Civil Veterinary Dept. Bombay admin report 1907-1913 - 1907-1913
Year: 1907
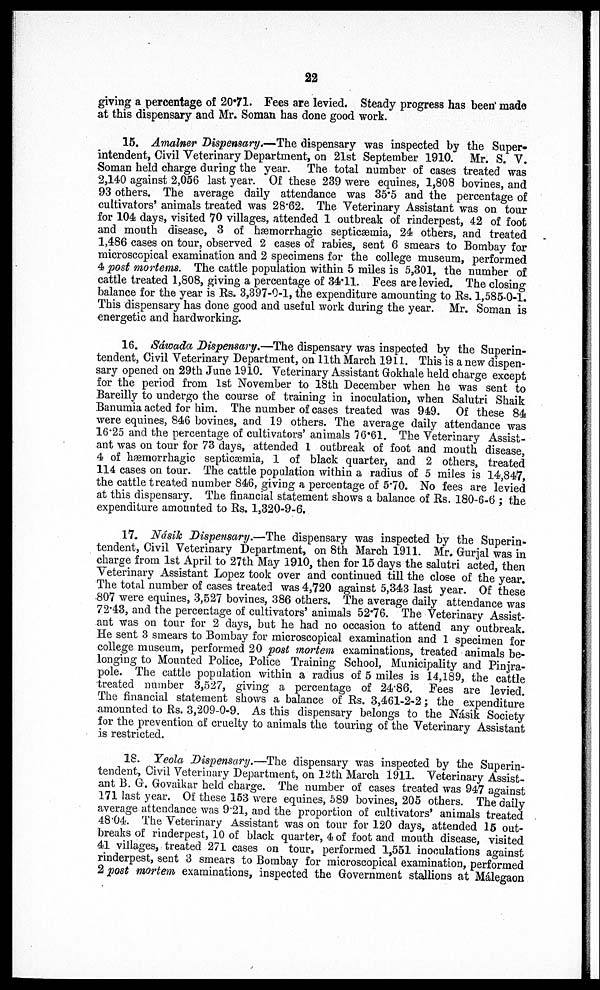
22
giving a percentage of 20.71. Fees are levied. Steady progress has been made
at this dispensary and Mr. Soman has done good work.
15. Amalner Dispensary.—The dispensary was inspected by the Super-
intendent, Civil Veterinary Department, on 21st September 1910. Mr. S. V.
Soman held charge during the year. The total number of cases treated was
2,140 against 2,056 last year. Of these 239 were equines, 1,808 bovines, and
93 others. The average daily attendance was 35.5 and the percentage of
cultivators' animals treated was 28.62. The Veterinary Assistant was on tour
for 104 days, visited 70 villages, attended 1 outbreak of rinderpest, 42 of foot
and mouth disease, 3 of hæmorrhagic septicæmia, 24 others, and treated
1,486 cases on tour, observed 2 cases of rabies, sent 6 smears to Bombay for
microscopical examination and 2 specimens for the college museum, performed
4 post mortems. The cattle population within 5 miles is 5,301, the number of
cattle treated 1,808, giving a percentage of 34.11. Fees are levied. The closing
balance for the year is Rs. 3,397-0-1, the expenditure amounting to Rs. 1,585-0-1.
This dispensary has done good and useful work during the year. Mr. Soman is
energetic and hardworking.
16. Sáwada Dispensary.—The dispensary was inspected by the Superin-
tendent, Civil Veterinary Department, on 11th March 1911. This is anew dispen-
sary opened on 29th June 1910. Veterinary Assistant Gokhale held charge except
for the period from 1st November to 18th December when he was sent to
Bareilly to undergo the course of training in inoculation, when Salutri Shaik
Banumia acted for him. The number of cases treated was 949. Of these 84
were equines, 846 bovines, and 19 others. The average daily attendance was
16.25 and the percentage of cultivators' animals 70.61. The Veterinary Assist-
ant was on tour for 73 days, attended 1 outbreak of foot and mouth disease,
4 of hæmorrhagic septicæmia, 1 of black quarter, and 2 others, treated
114 cases on tour. The cattle population within a radius of 5 miles is 14,847,
the cattle treated number 846, giving a percentage of 5.70. No fees are levied
at this dispensary. The financial statement shows a balance of Rs. 180-6-6 ; the
expenditure amounted to Rs. 1,320-9-6.
17. Násik Dispensary.—The dispensary was inspected by the Superin-
tendent, Civil Veterinary Department, on 8th March 1911. Mr. Gurjal was in
charge from 1st April to 27th May 1910, then for 15 days the salutri acted, then
Veterinary Assistant Lopez took over and continued till the close of the year.
The total number of cases treated was 4,720 against 5,343 last year. Of these
807 were equines, 3,527 bovines, 386 others. The average daily attendance was
72.43, and the percentage of cultivators' animals 52.76. The Veterinary Assist-
ant was on tour for 2 days, but he had no occasion to attend any outbreak.
He sent 3 smears to Bombay for microscopical examination and 1 specimen for
college museum, performed 20 post mortem examinations, treated animals be-
longing to Mounted Police, Police Training School, Municipality and Pinjra-
pole. The cattle population within a radius of 5 miles is 14,189, the cattle
treated number 3,527, giving a percentage of 24.86. Fees are levied.
The financial statement shows a balance of Rs. 3,461-2-2; the expenditure
amounted to Rs. 3,209-0-9. As this dispensary belongs to the Násik Society
for the prevention of cruelty to animals the touring of the Veterinary Assistant
is restricted.
18. Yeola Dispensary.—The dispensary was inspected by the Superin-
tendent, Civil Veterinary Department, on 12th March 1911. Veterinary Assist-
ant B. G. Govaikar held charge. The number of cases treated was 947 against
171 last year. Of these 153 were equines, 589 bovines, 205 others. The daily
average attendance was 9.21, and the proportion of cultivators' animals treated
48.04. The Veterinary Assistant was on tour for 120 days, attended 15 out-
breaks of rinderpest, 10 of black quarter, 4 of foot and mouth disease, visited
41 villages, treated 271 cases on tour, performed 1,551 inoculations against
rinderpest, sent 3 smears to Bombay for microscopical examination, performed
2 post mortem examinations, inspected the Government stallions at Malegaon